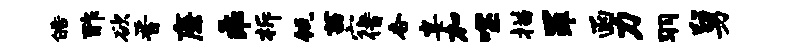
皓酢欲晋廉乖柝瓴茜穴借杏宴加噬描罪函力羽舅